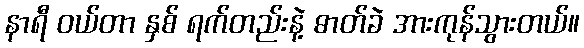
နာရီ ဝယ်တာ နှစ် ရက်တည်းနဲ့ ဓာတ်ခဲ အားကုန်သွားတယ်။